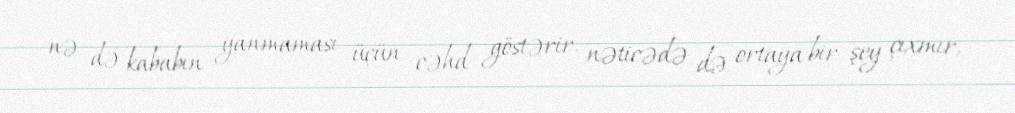
nə də kababın yanmaması üçün cəhd göstərir, nəticədə də ortaya bir şey çıxmır,